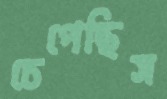
চেপেছিস